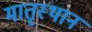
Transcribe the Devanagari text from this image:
मातृस्थान